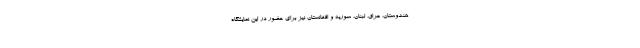
هندوستان، عراق، لبنان، سوریه و افغانستان نیز برای حضور در این نمایشگاه